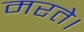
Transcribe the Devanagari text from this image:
मरते।